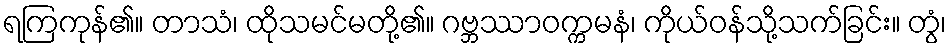
ရကြကုန်၏။ တာသံ၊ ထိုသမင်မတို့၏။ ဂဗ္ဘဿာဝက္ကမနံ၊ ကိုယ်ဝန်သို့သက်ခြင်း။ တွံ၊